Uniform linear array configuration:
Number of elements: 48
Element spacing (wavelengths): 0.25
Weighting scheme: cosine
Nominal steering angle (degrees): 30
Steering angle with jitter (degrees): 29.198
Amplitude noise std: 0.05
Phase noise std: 0.05

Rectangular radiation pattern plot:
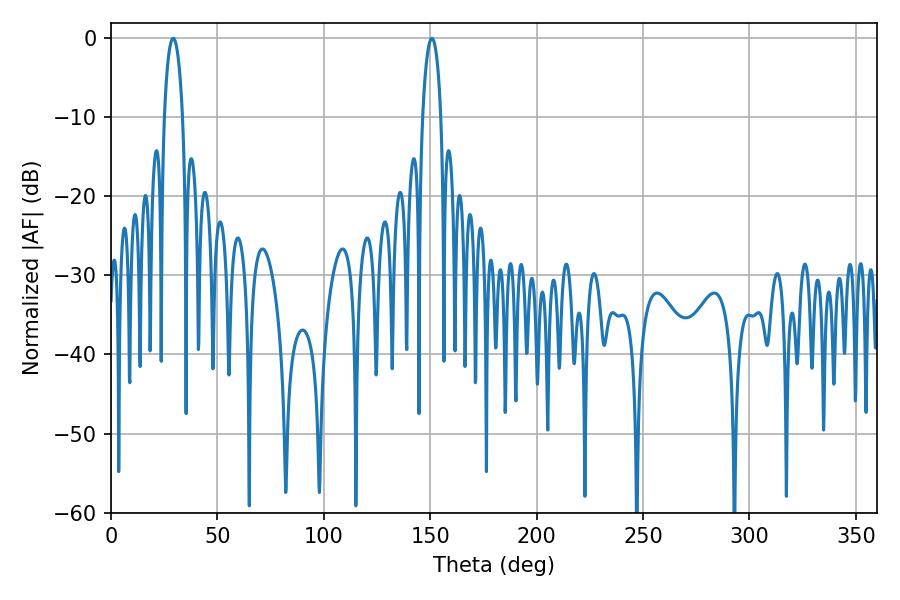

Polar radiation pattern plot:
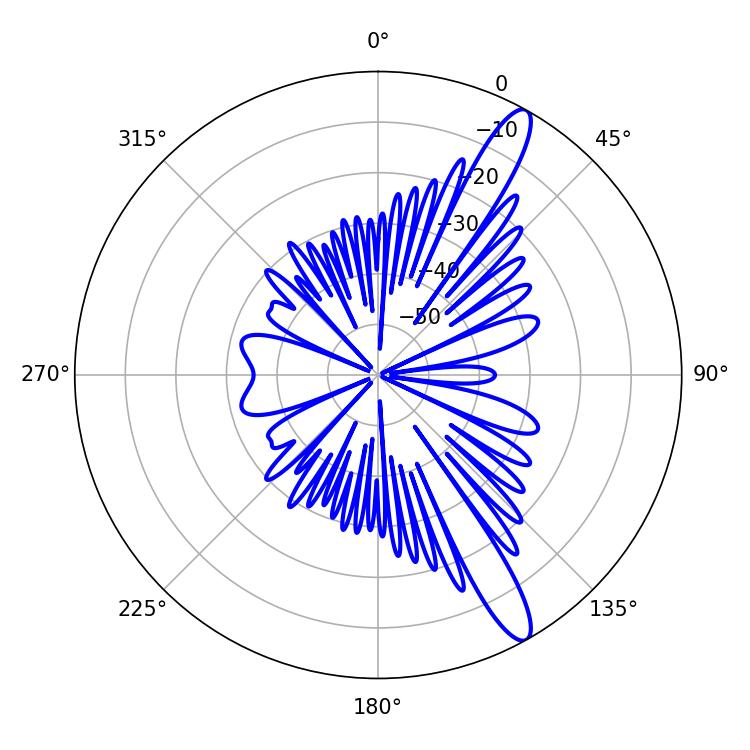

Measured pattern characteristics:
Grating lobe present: FALSE
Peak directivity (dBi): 13.306
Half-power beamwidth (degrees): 4.86
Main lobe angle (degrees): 29.16